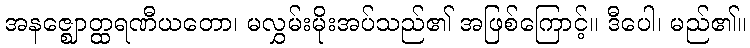
အနဇ္ဈောတ္ထရဏီယတော၊ မလွှမ်းမိုးအပ်သည်၏ အဖြစ်ကြောင့်။ ဒီပေါ၊ မည်၏။